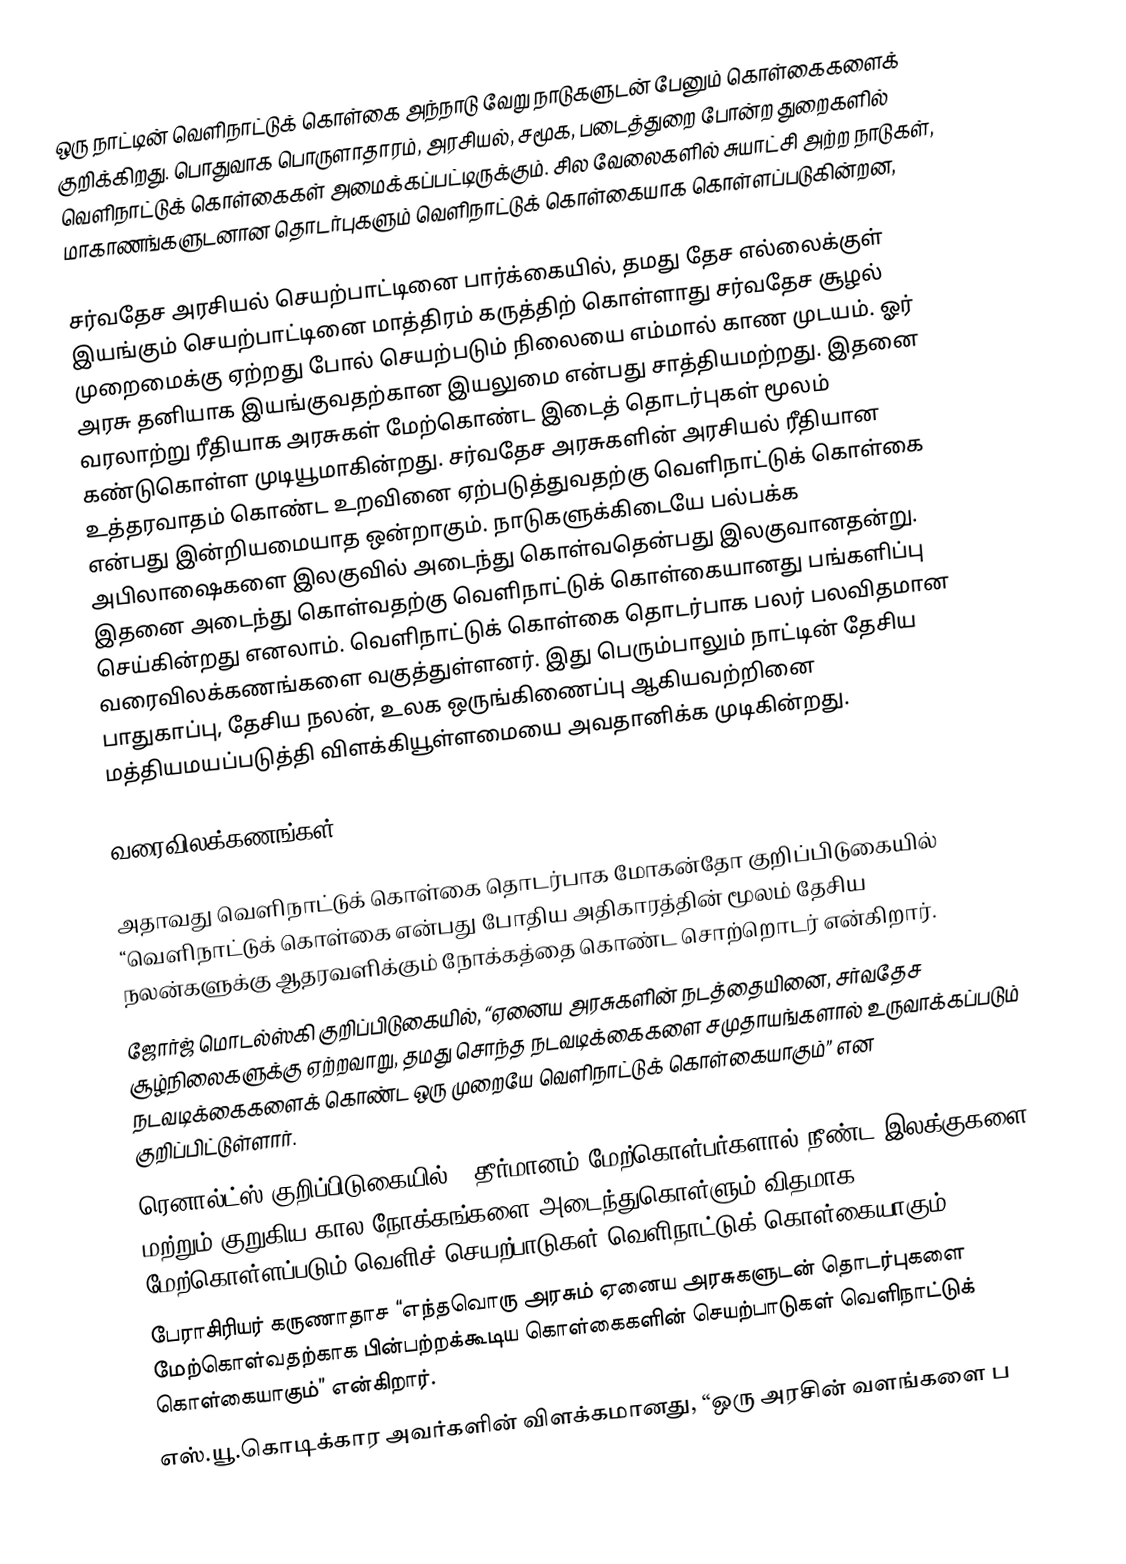
ஒரு நாட்டின் வெளிநாட்டுக் கொள்கை அந்நாடு வேறு நாடுகளுடன் பேனும் கொள்கைகளைக் குறிக்கிறது. பொதுவாக பொருளாதாரம், அரசியல், சமூக, படைத்துறை போன்ற துறைகளில் வெளிநாட்டுக் கொள்கைகள் அமைக்கப்பட்டிருக்கும். சில வேலைகளில் சுயாட்சி அற்ற நாடுகள், மாகாணங்களுடனான தொடர்புகளும் வெளிநாட்டுக் கொள்கையாக கொள்ளப்படுகின்றன,

சர்வதேச அரசியல் செயற்பாட்டினை பார்க்கையில், தமது தேச எல்லைக்குள் இயங்கும் செயற்பாட்டினை மாத்திரம் கருத்திற் கொள்ளாது சர்வதேச சூழல் முறைமைக்கு ஏற்றது போல் செயற்படும் நிலையை எம்மால் காண முடயம். ஓர் அரசு தனியாக இயங்குவதற்கான இயலுமை என்பது சாத்தியமற்றது. இதனை வரலாற்று ரீதியாக அரசுகள் மேற்கொண்ட இடைத் தொடர்புகள் மூலம் கண்டுகொள்ள முடியூமாகின்றது. சர்வதேச அரசுகளின் அரசியல் ரீதியான உத்தரவாதம் கொண்ட உறவினை ஏற்படுத்துவதற்கு வெளிநாட்டுக் கொள்கை என்பது இன்றியமையாத ஒன்றாகும். நாடுகளுக்கிடையே பல்பக்க அபிலாஷைகளை இலகுவில் அடைந்து கொள்வதென்பது இலகுவானதன்று. இதனை அடைந்து கொள்வதற்கு வெளிநாட்டுக் கொள்கையானது பங்களிப்பு செய்கின்றது எனலாம். வெளிநாட்டுக் கொள்கை தொடர்பாக பலர் பலவிதமான வரைவிலக்கணங்களை வகுத்துள்ளனர். இது பெரும்பாலும் நாட்டின் தேசிய பாதுகாப்பு, தேசிய நலன், உலக ஒருங்கிணைப்பு ஆகியவற்றினை மத்தியமயப்படுத்தி விளக்கியூள்ளமையை அவதானிக்க முடிகின்றது.

வரைவிலக்கணங்கள்

 அதாவது வெளிநாட்டுக் கொள்கை தொடர்பாக மோகன்தோ குறிப்பிடுகையில் “வெளிநாட்டுக் கொள்கை என்பது போதிய அதிகாரத்தின் மூலம் தேசிய நலன்களுக்கு ஆதரவளிக்கும் நோக்கத்தை கொண்ட சொற்றொடர் என்கிறார்.
 ஜோர்ஜ் மொடல்ஸ்கி குறிப்பிடுகையில், “ஏனைய அரசுகளின் நடத்தையினை, சர்வதேச சூழ்நிலைகளுக்கு ஏற்றவாறு, தமது சொந்த நடவடிக்கைகளை சமுதாயங்களால் உருவாக்கப்படும் நடவடிக்கைகளைக் கொண்ட ஒரு முறையே வெளிநாட்டுக் கொள்கையாகும்” என குறிப்பிட்டுள்ளார்.
 ரெனால்ட்ஸ் குறிப்பிடுகையில், “தீர்மானம் மேற்கொள்பர்களால் நீண்ட இலக்குகளை மற்றும் குறுகிய கால நோக்கங்களை அடைந்துகொள்ளும் விதமாக மேற்கொள்ளப்படும் வெளிச் செயற்பாடுகள் வெளிநாட்டுக் கொள்கையாகும்.”
 பேராசிரியர் கருணாதாச “எந்தவொரு அரசும் ஏனைய அரசுகளுடன் தொடர்புகளை மேற்கொள்வதற்காக பின்பற்றக்கூடிய கொள்கைகளின் செயற்பாடுகள் வெளிநாட்டுக் கொள்கையாகும்” என்கிறார்.
 எஸ்.யூ.கொடிக்கார அவர்களின் விளக்கமானது, “ஒரு அரசின் வளங்களை ப